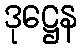
ဒုဋ္ဌေန